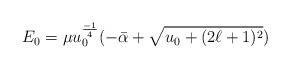
LaTeX: \begin{align*}E_{0}=\mu u_{0}^{\frac{-1}{4}} (-\bar{\alpha} + \sqrt{u_{0} +(2\ell + 1)^{2}})\end{align*}